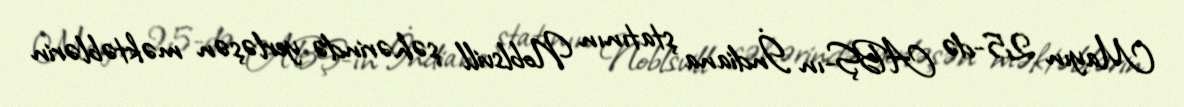
Mayın 25-də ABŞ-ın İndiana ştatının Noblsvill şəhərində yerləşən məktəblərin